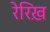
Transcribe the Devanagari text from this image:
रेरिख़